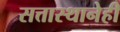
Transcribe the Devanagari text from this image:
सत्तास्थानेही